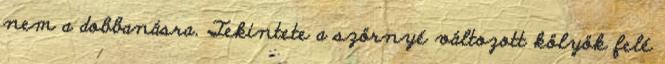
nem a dobbanásra. Tekintete a szörnyé változott kölyök felé